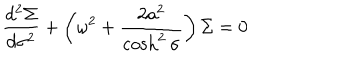
LaTeX: \frac { d ^ { 2 } \Sigma } { d \sigma ^ { 2 } } + \left( { \omega } ^ { 2 } + \frac { 2 a ^ { 2 } } { \cosh ^ { 2 } \sigma } \right) \Sigma = 0